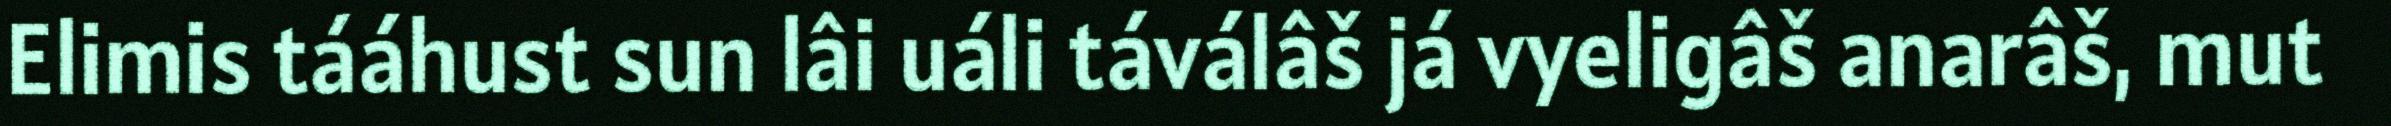
Elimis tááhust sun lâi uáli táválâš já vyeligâš anarâš, mut